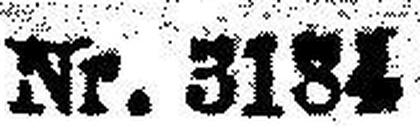
Nr. 3184